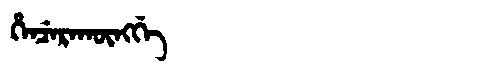
Manchu: ᡥᡝᠨᠴᡝᡵᠠᡴᡡᠩᡤᡝ
Romanization: HENCERAKŪNGGE